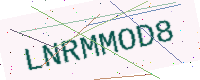
Text: LNRMMOD8